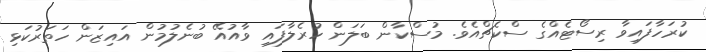
ކުރަހާފައިވާ ރިސޯޓެއްގެ ސްކެޗްއެވެ. މުސްކާން ބަލަން ހުރެލާފައި ވާއުއޭ ބުނެލުމުން އައިޒަން ހަތަރުކަޅި